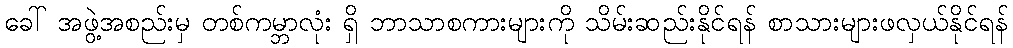
ခေါ် အဖွဲ့အစည်းမှ တစ်ကမ္ဘာလုံး ရှိ ဘာသာစကားများကို သိမ်းဆည်းနိုင်ရန် စာသားများဖလှယ်နိုင်ရန်